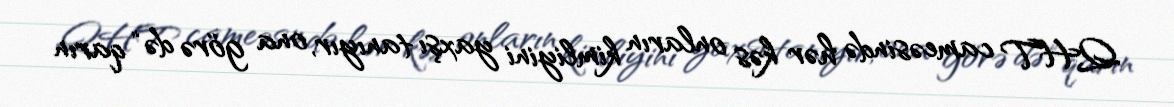
QHT cameəsində hər kəs onların kimliyini yaxşı tanıyır, ona görə də “qarın